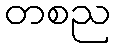
တစည